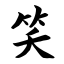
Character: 笑